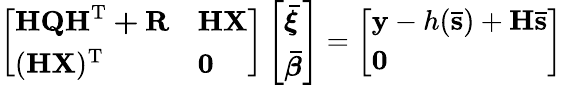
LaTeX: \left[\begin{array}{ll}{\mathbf{HQH^{\mathrm{T}}+R}}&{\mathbf{HX}}\\ {(\mathbf{HX})^{\mathrm{T}}}&{\mathbf{0}}\end{array}\right]\left[\begin{array}{l}{\boldsymbol{\bar{\xi}}}\\ {\boldsymbol{\bar{\beta}}}\end{array}\right]=\left[\begin{array}{l}{\mathbf{y}-h(\mathbf{\bar{s}})+\mathbf{H\bar{s}}}\\ {\mathbf{0}}\end{array}\right]